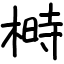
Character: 榯